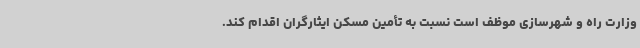
وزارت راه و شهرسازی موظف است نسبت به تأمین مسکن ایثارگران اقدام کند.